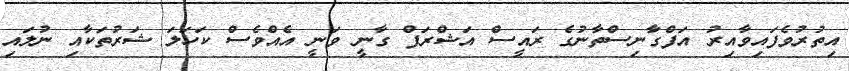
އިތުރުވެފައިވާއިރު އަފްގާނިސްތާނުގެ ރައީސް އަޝްރަފް ގާނީ ވަނީ އެއްވެސް ކަހަލަ ޝަރުތަކާއި ނުލައި